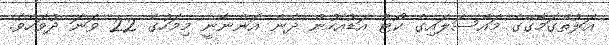
އަލުތްގަމާގޭގެ މައްސަލައިގެ ކޯޓު އަޑުއެހުން ދެން އޮންނާނީ މިމަހުގެ 22 ވަނަ ދުވަހެވެ.